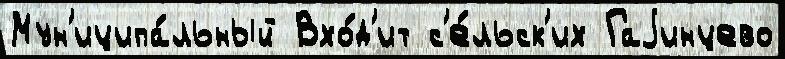
Мун'иципа́льный Вхо́д'ит с'е́льск'их Гаjинцево